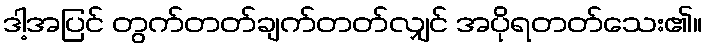
ဒါ့အပြင် တွက်တတ်ချက်တတ်လျှင် အပိုရတတ်သေး၏။